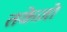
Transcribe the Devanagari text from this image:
तकेज़ो